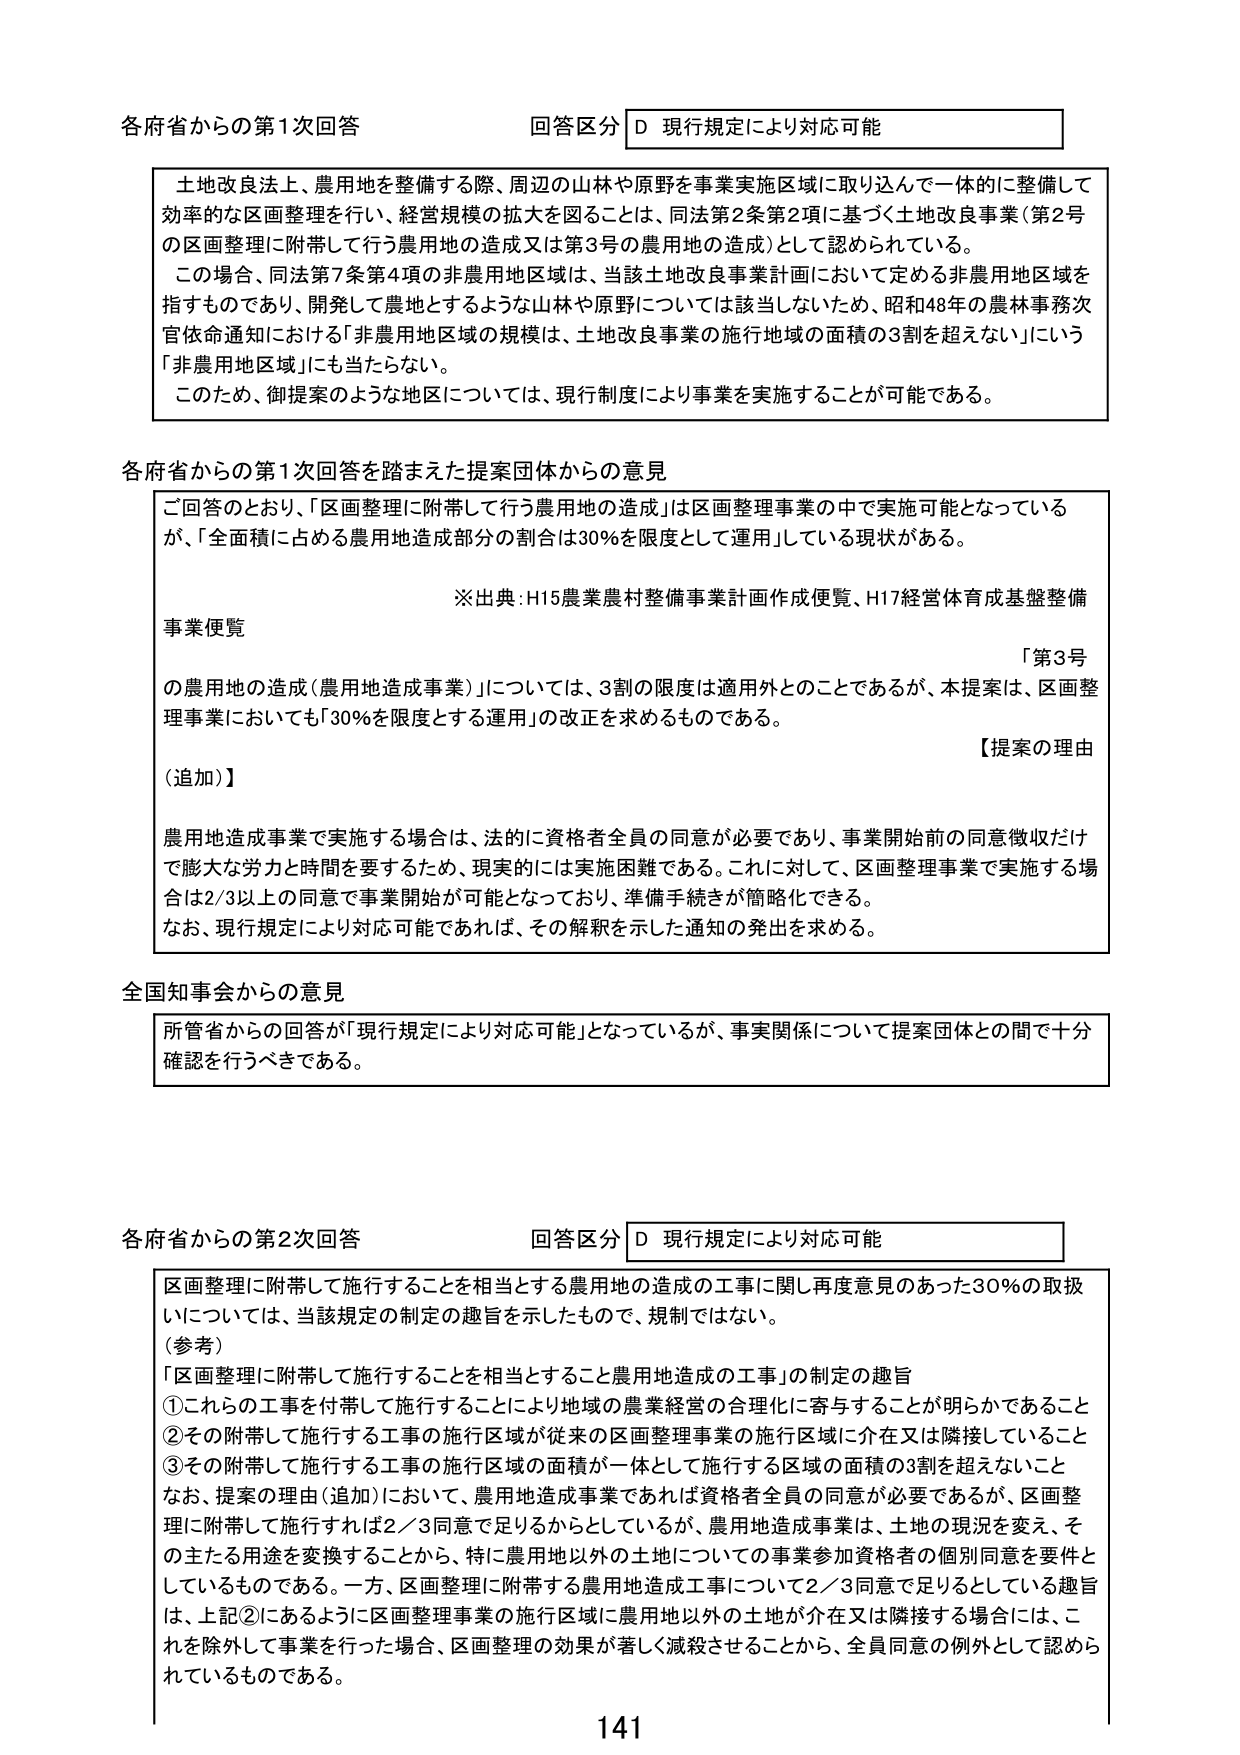
各府省からの第1次回答 回答区分 D 現行規定により対応可能

土地改良法上、農用地を整備する際、周辺の山林や原野を事業実施区域に取り込んで一体的に整備して効率的な区画整理を行い、経営規模の拡大を図ることは、同法第2条第2項に基づく土地改良事業（第2号の区画整理に附帯して行う農用地の造成又は第3号の農用地の造成）として認められている。

この場合、同法第7条第4項の非農用地区域は、当該土地改良事業計画において定める非農用地区域を指すものであり、開発して農地とするような山林や原野については該当しないため、昭和48年の農林事務次官依命通知における「非農用地区域の規模は、土地改良事業の施行地域の面積の3割を超えない」いう「非農用地区域」にも当たらない。

このため、御提案のような地区については、現行制度により事業を実施することが可能である。

各府省からの第1次回答を踏まえた提案団体からの意見

ご回答のとおり、「区画整理に附帯して行う農用地の造成」は区画整理事業の中で実施可能となっているが、「全面積に占める農用地造成部分の割合は30％を限度として運用」している現状がある。

※出典：H15農業農村整備事業計画作成便覧、H17経営体育成基盤整備

事業便覧

「第3号

の農用地の造成（農用地造成事業）」については、3割の限度は適用外とのことであるが、本提案は、区画整理事業においても「30％を限度とする運用」の改正を求めるものである。

【提案の理由

（追加）】

農用地造成事業で実施する場合は、法的に資格者全員の同意が必要であり、事業開始前の同意徴収だけで膨大な労力と時間を要するため、現実的には実施困難である。これに対して、区画整理事業で実施する場合は2/3以上の同意で事業開始が可能となっており、準備手続きが簡略化できる。

なお、現行規定により対応可能であれば、その解釈を示した通知の発出を求める。

全国知事会からの意見

所管省からの回答が「現行規定により対応可能」となっているが、事実関係について提案団体との間で十分確認を行うべきである。

各府省からの第2次回答 回答区分 D 現行規定により対応可能

区画整理に附帯して施行することを相当とする農用地の造成の工事に関して再度意見のあった30％の取扱いについては、当該規定の制定の趣旨を示したもので、規制ではない。

（参考）

「区画整理に附帯して施行することを相当とすること農用地造成の工事」の制定の趣旨

①これらの工事を付帯して施行することにより地域の農業経営の合理化に寄与することが明らかであること

②その附帯して施行する工事の施行区域が従来の区画整理事業の施行区域に介在又は隣接していること

③その附帯して施行する工事の施行区域の面積が一体として施行する区域の面積の3割を超えないこと

なお、提案の理由（追加）において、農用地造成事業であれば資格者全員の同意が必要であるが、区画整理に附帯して施行すれば2／3同意で足りるからとしているが、農用地造成事業は、土地の現況を変え、その主たる用途を変換することから、特に農用地以外の土地についての事業参加資格者の個別同意を要件としているものである。一方、区画整理に附帯する農用地造成工事について2／3同意で足りるとしている趣旨は、上記②にあるように区画整理事業の施行区域に農用地以外の土地が介在又は隣接する場合には、これを除外して事業を行った場合、区画整理の効果が著しく減殺させることから、全員同意の例外として認められているものである。

141